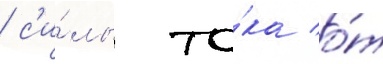
/ с'и́лы то́ка о́т